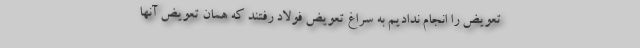
تعویض را انجام ندادیم به سراغ تعویض فولاد رفتند که همان تعویض آنها